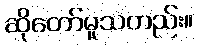
ဆိုတော်မူသတည်း။